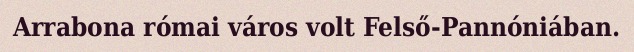
Arrabona római város volt Felső-Pannóniában.